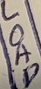
Text: LOAD